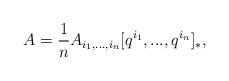
LaTeX: \begin{align*}A=\frac{1}{n}A_{i_{1},...,i_{n}}[q^{i_{1}},...,q^{i_{n}}]_{*},\end{align*}